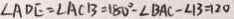
\angle A D E = \angle A C B = 1 8 0 ^ { \circ } - \angle B A C - \angle B = 1 2 0